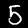
Digit: 5